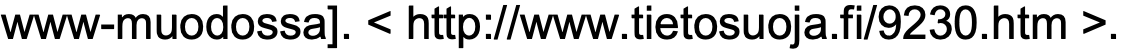
www-muodossa]. < http://www.tietosuoja.fi/9230.htm >.